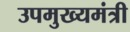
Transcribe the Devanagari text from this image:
उपमुख्‍यमंत्री